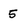
Character: 5